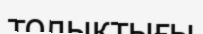
толықтығы